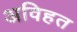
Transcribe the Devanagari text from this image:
अविहत